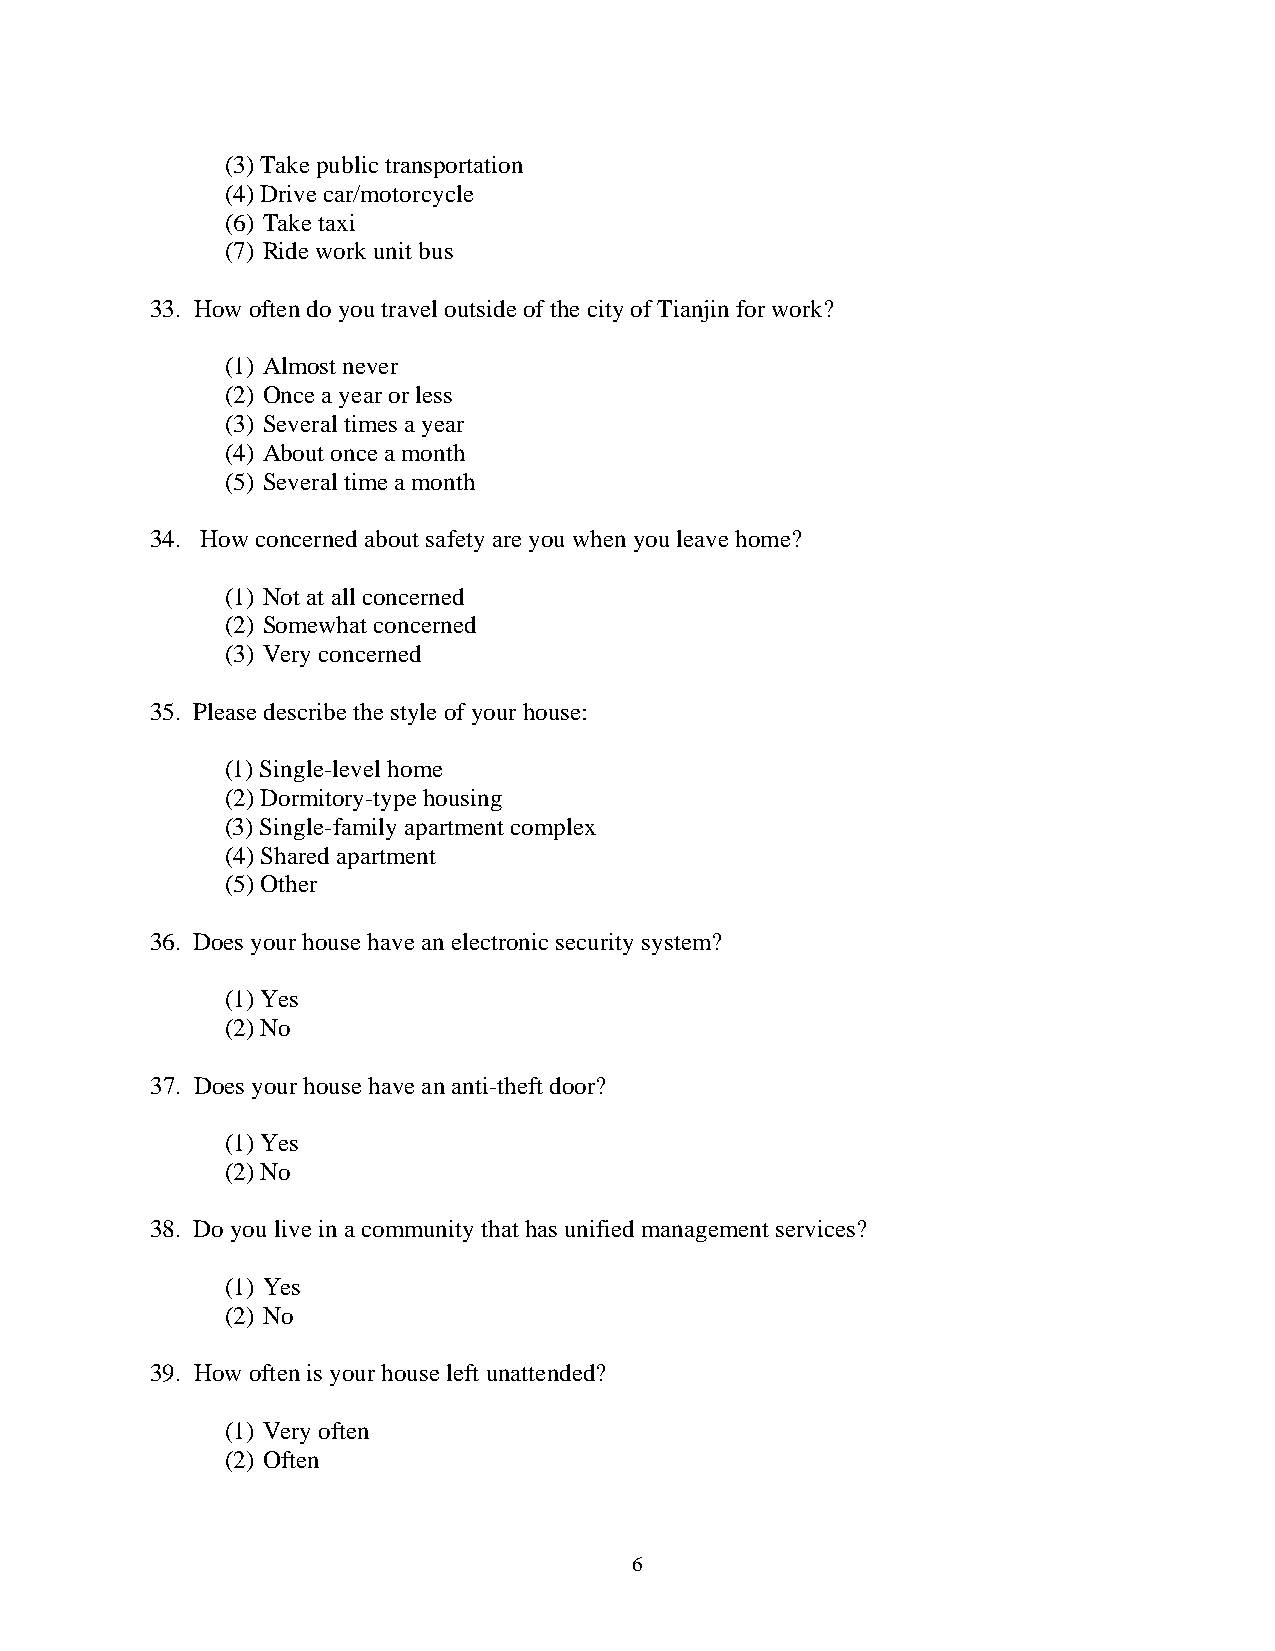
(3) Take public transportation
 (4) Drive car/motorcycle
 (6) Take taxi
 (7) Ride work unit bus
 33. How often do you travel outside of the city of Tianjin for work?
 (1) Almost never
 (2) Once a year or less
 (3) Several times a year
 (4) About once a month
 (5) Several time a month
 34. How concerned about safety are you when you leave home?
 (1) Not at all concerned
 (2) Somewhat concerned
 (3) Very concerned
 35. Please describe the style of your house:
 (1) Single-level home
 (2) Dormitory-type housing
 (3) Single-family apartment complex
 (4) Shared apartment
 (5) Other
 36. Does your house have an electronic security system?
 (1) Yes
 (2) No
 37. Does your house have an anti-theft door?
 (1) Yes
 (2) No
 38. Do you live in a community that has unified management services?
 (1) Yes
 (2) No
 39. How often is your house left unattended?
 (1) Very often
 (2) Often
 6